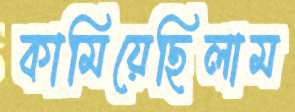
কামিয়েছিলাম